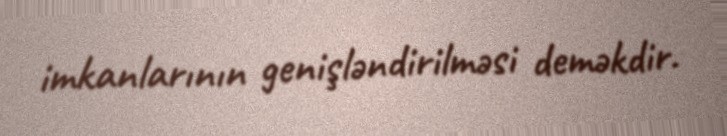
imkanlarının genişləndirilməsi deməkdir.